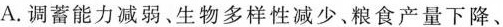
A. 调蓄能力减弱﹑生物多样性减少、粮食产量下降、